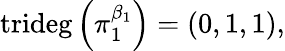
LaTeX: \mathrm{trideg}\left(\pi_{1}^{\beta_{1}}\right)=\left(0,1,1\right),